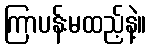
ကြာပန်းမထည့်နဲ့။